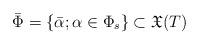
LaTeX: \begin{align*}\bar{\Phi}= \{\bar{\alpha} ; \alpha \in \Phi_s \} \subset \mathfrak{X}(T)\end{align*}